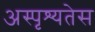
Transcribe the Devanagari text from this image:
अस्पृश्यतेस